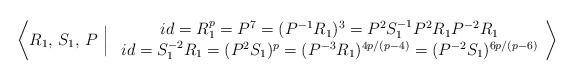
LaTeX: \begin{align*} \left\langle R_1,\,S_1,\,P\ \Big\vert\ \begin{array}{c} id=R_1^p=P^7=(P^{-1}R_1)^3=P^2S_1^{-1}P^2R_1P^{-2}R_1\\ id =S_1^{-2}R_1=(P^2S_1)^p =(P^{-3}R_1)^{4p/(p-4)}=(P^{-2}S_1)^{6p/(p-6)} \end{array} \right\rangle\end{align*}